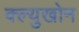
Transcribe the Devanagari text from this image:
क्ल्युखोन